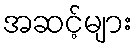
အဆင့်များ